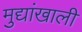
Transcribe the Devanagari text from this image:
मुद्यांखाली